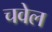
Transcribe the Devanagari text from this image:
चवेल